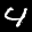
Label: 4